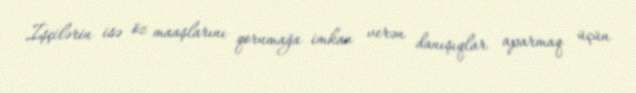
İşçilərin isə öz maaşlarını qorumağa imkan verən danışıqlar aparmaq üçün